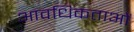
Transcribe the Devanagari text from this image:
आवधिकताओं